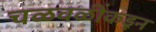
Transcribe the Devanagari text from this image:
चळवळींकडून